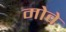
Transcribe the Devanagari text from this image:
मोवे